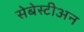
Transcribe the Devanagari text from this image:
सेबेस्टीअन